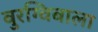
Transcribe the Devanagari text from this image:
बुरग्विबाला